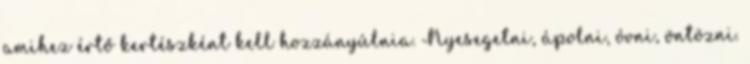
amihez értő kertészként kell hozzányúlnia. Nyesegetni, ápolni, óvni, öntözni.